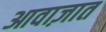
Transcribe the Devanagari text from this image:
आवाज़ात